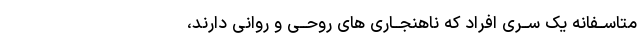
متاســفانه یک ســرى افراد که ناهنجــارى هاى روحــى و روانى دارند،